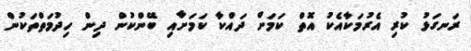
ރަނގަޅު ކުރި އެރުމަކާއެކު އޮތް ކަމަށް ދައްކާ ކަމަށާއި ބޭންކުން ދިން ހިދުމަތްތަކުން